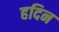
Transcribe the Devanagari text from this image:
हदिन